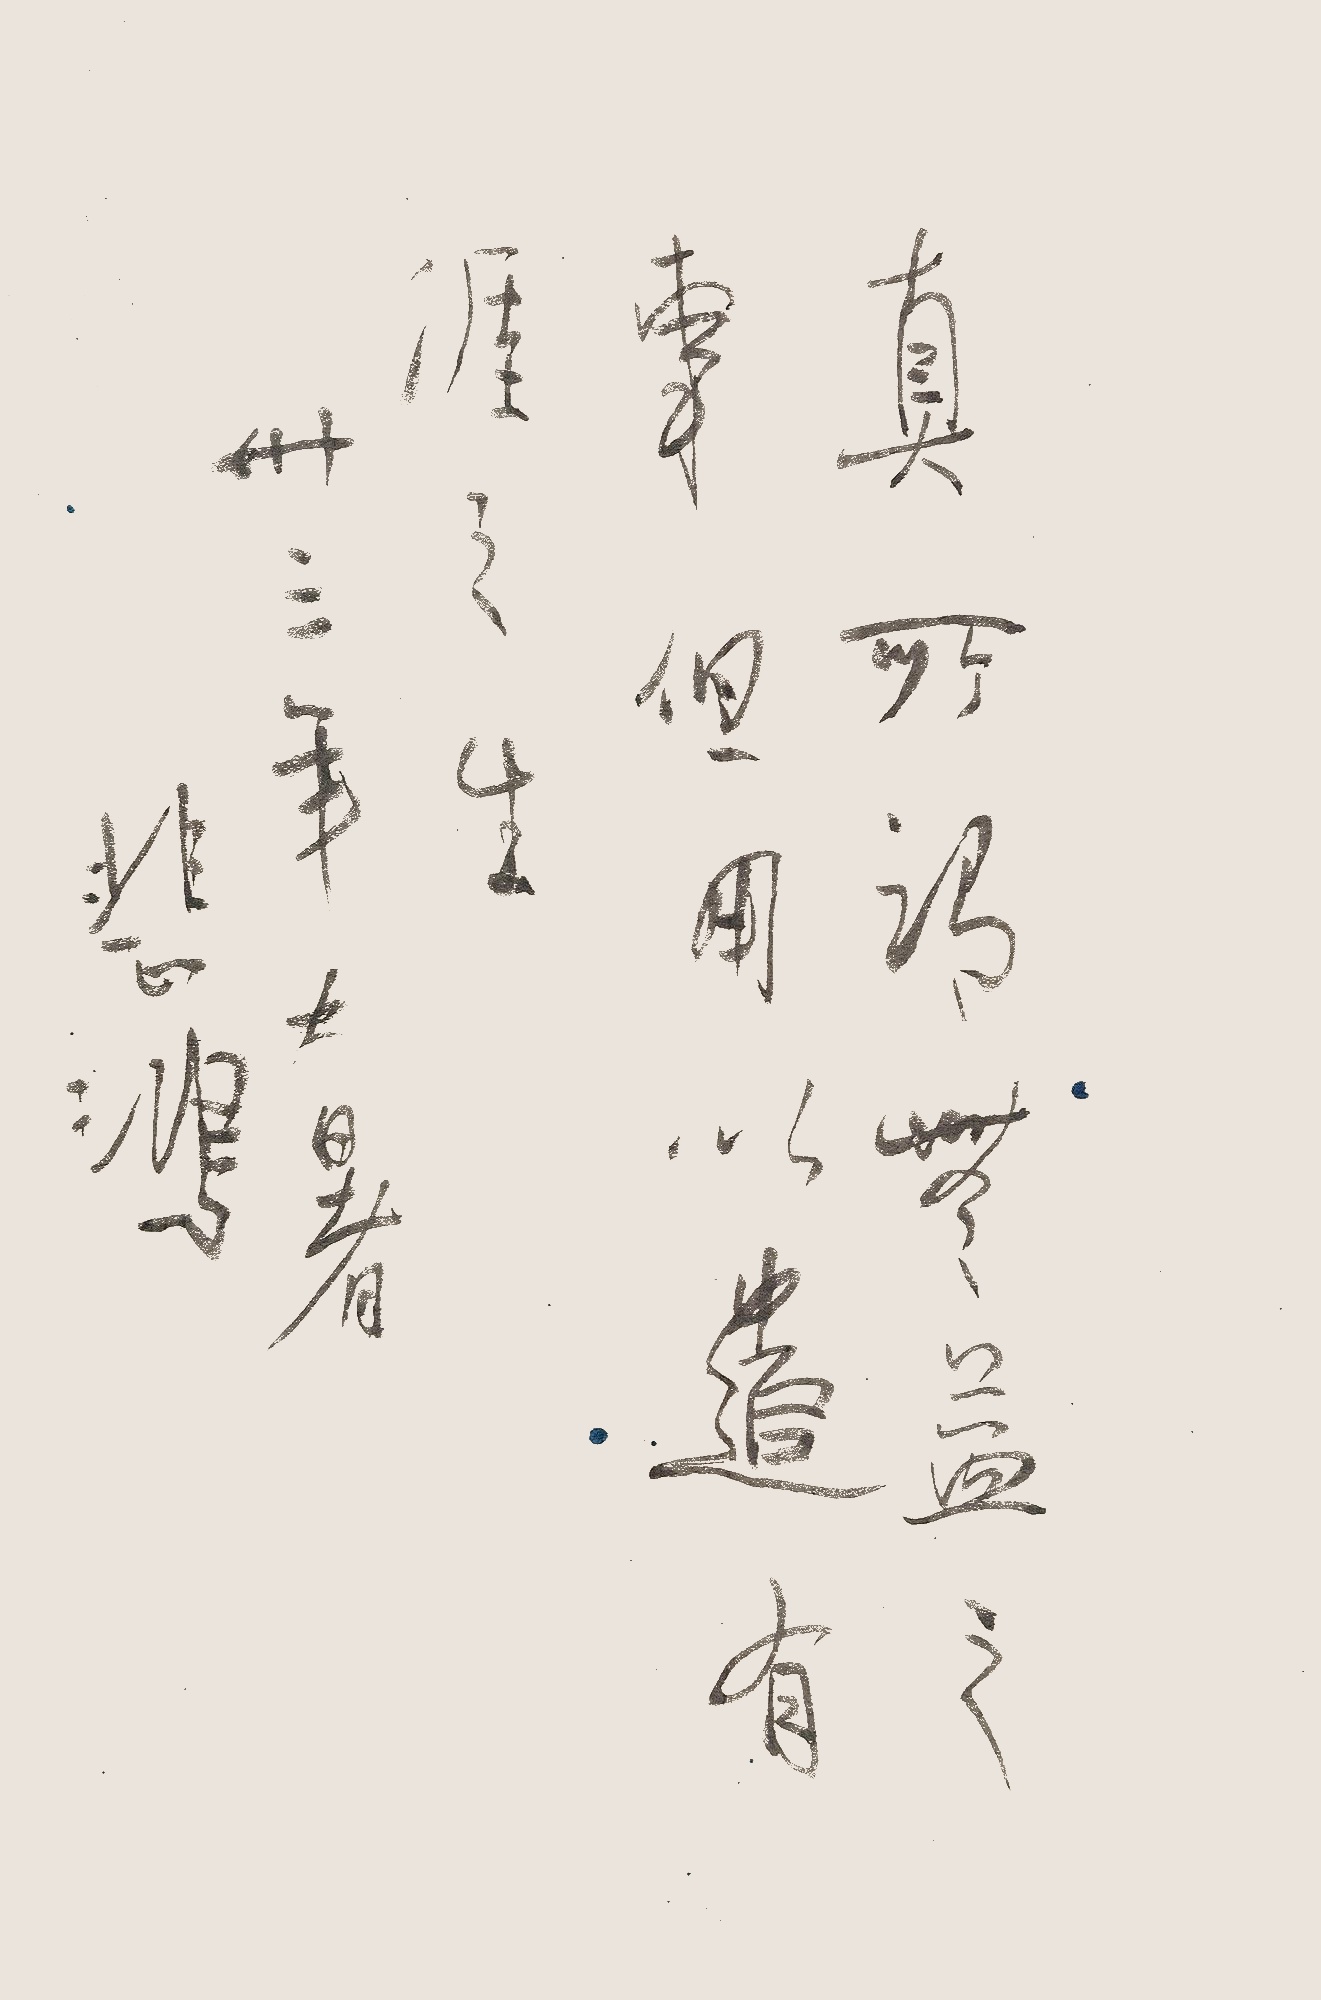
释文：真所谓无益之事，但用以遣有涯之生。卅三年大暑，悲鸿